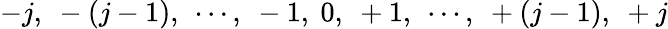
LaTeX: -j,\ -(j-1),\ \cdots,\ -1,\ 0,\ +1,\ \cdots,\ +(j-1),\ +j